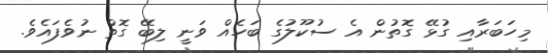
މިހަބަރާއި ގުޅޭ ގޮތުން އެ ސުކޫލުގެ ބަހެއް ވަނީ ލިބޭ ގޮތް ނުވެފައެވެ.